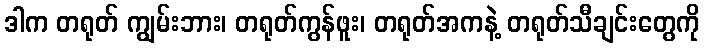
ဒါက တရုတ် ကျွမ်းဘား၊ တရုတ်ကွန်ဖူး၊ တရုတ်အကနဲ့ တရုတ်သီချင်းတွေကို